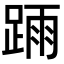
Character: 𨂎